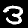
Digit: 3